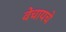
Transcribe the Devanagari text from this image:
वेचायचे